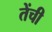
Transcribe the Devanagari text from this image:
तेंची